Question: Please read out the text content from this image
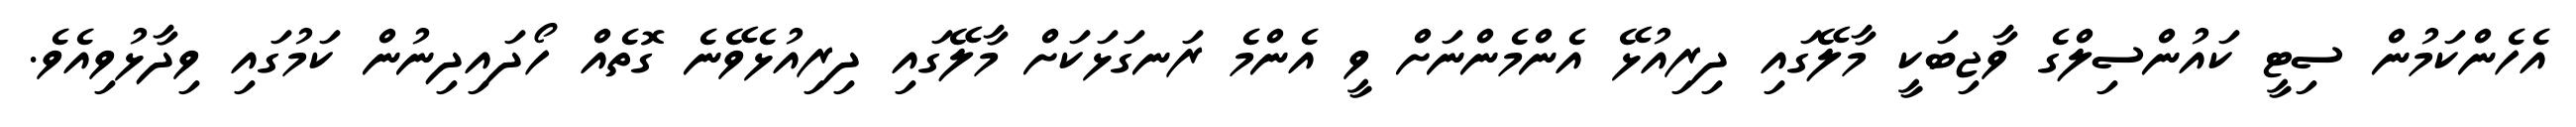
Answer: އެހެންކަމުން ސިޓީ ކައުންސިލްގެ ވާޖިބަކީ މާލޭގައި ދިރިއުޅޭ އެންމެންނަށް ވީ އެންމެ ރަނގަޅަކަށް މާލޭގައި ދިރިއުޅެވޭނެ ގޮތެއް ހޯދައިދިނުން ކަމުގައި ވިދާޅުވިއެވެ.